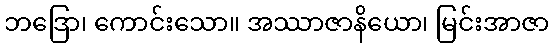
ဘဒြော၊ ကောင်းသော။ အဿာဇာနိယော၊ မြင်းအာဇာ